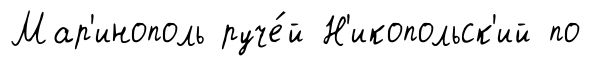
Мар'инополь руче́й Н'икопольск'ий по